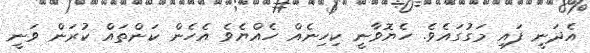
އެދަނީ ފައި މަގުގައެވެ. ހެޔޮވާނީ ކިހިނެއް ހެއްޔެވެ އެހެން ކަންތައް ކުރަން ވަނީ